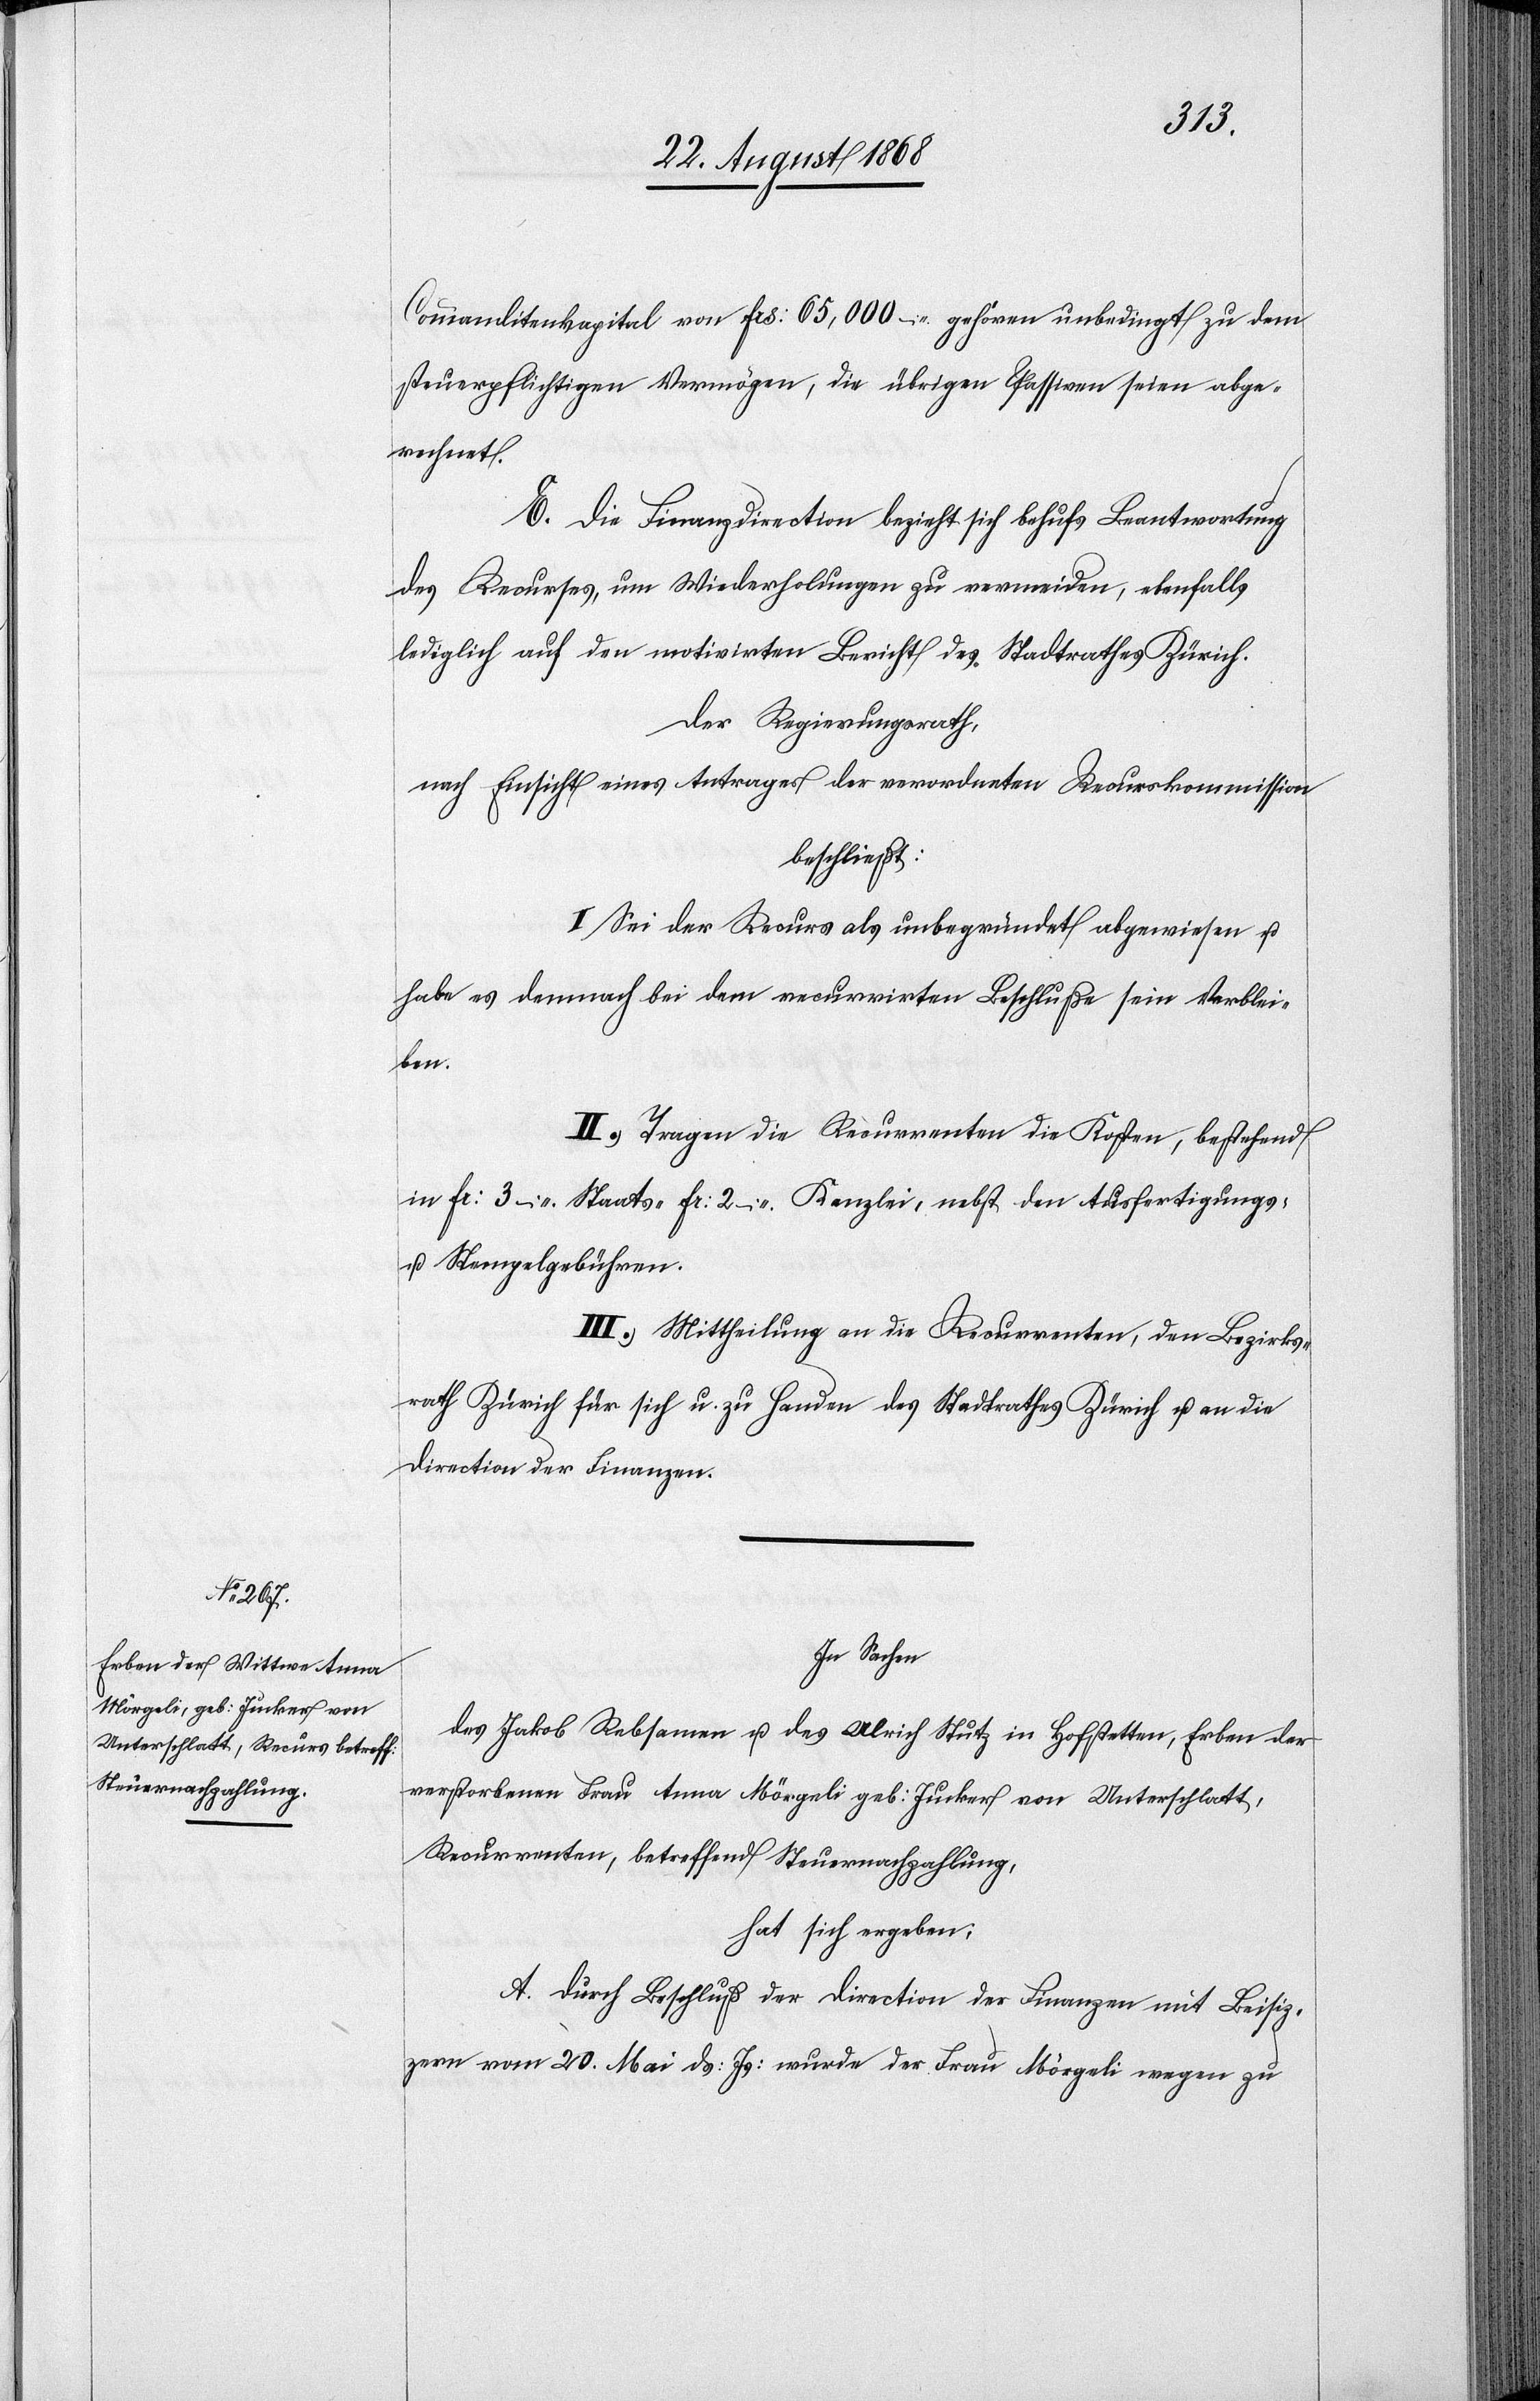
Commanditenkapital von Frs: 65,000 – gehören unbedingt zu dem
steuerpflichtigen Vermögen, die übrigen Passiven seien abge¬
rechnet.
E. Die Finanzdirection bezieht sich behufs Beantwortung
des Recurses, um Wiederholungen zu vermeiden, ebenfalls
lediglich auf den motivirten Bericht des Stadtrathes Zürich.
Der Regierungsrath,
nach Einsicht eines Antrages der verordneten Recurskommission
beschließt:
I. Sei der Recurs als unbegründet abgewiesen u.
habe es demnach bei dem recurrirten Beschluße sein Verblei¬
ben.
II. Tragen die Recurrenten die Kosten, bestehend
in Fr: 3 – Staats-[,] Fr: 2 – Kanzlei-[,] nebst den Ausfertigungs-
u. Stempelgebühren.
III. Mittheilung an die Recurrenten, den Bezirks¬
rath Zürich für sich u. zu Handen des Stadtrathes Zürich u. an die
Direction der Finanzen.
In Sachen
des Jakob Rebsamen u. des Ulrich Stutz in Hofstetten, Erben der
verstorbenen Frau Anna Mörgeli geb: Jucker von Unterschlatt,
Recurrenten, betreffend Steuernachzahlung,
hat sich ergeben:
A. Durch Beschluß der Direction der Finanzen mit Beisit¬
zern vom 20. Mai ds: Js: wurde der Frau Mörgeli wegen zu